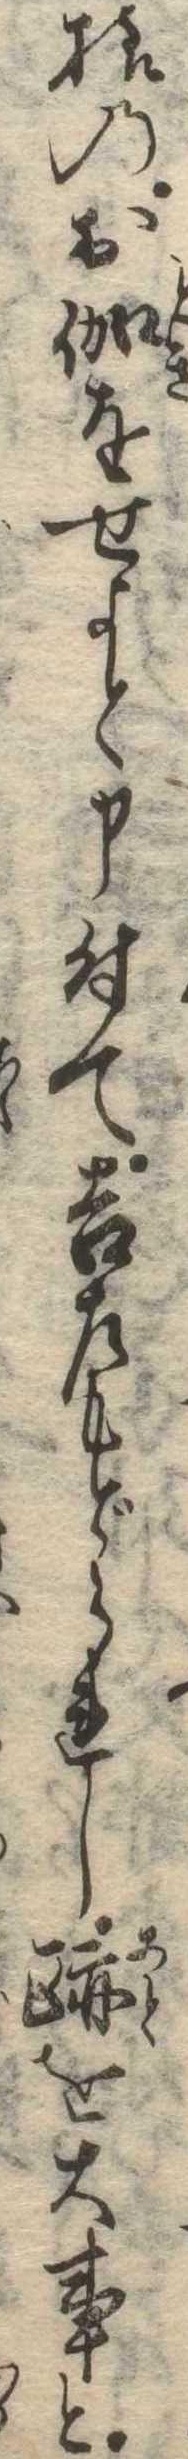
様のお伽をせよと申付て吉左もどられし跡を大事と